Rangoon Lunatic Asylum 1898-1906 - 1898-1906
Year: 1898
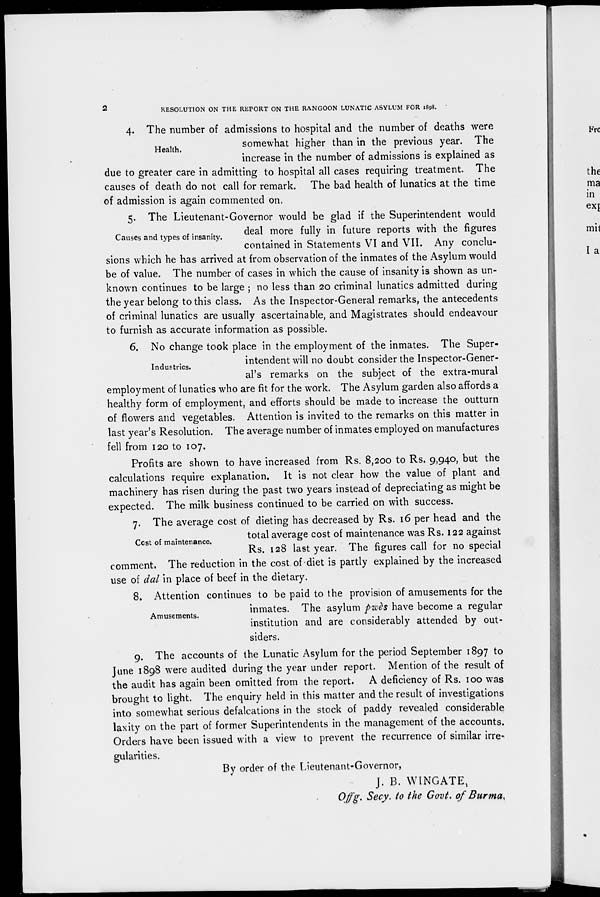
2
RESOLUTION ON THE REPORT ON THE RANGOON LUNATIC ASYLUM FOR 1898.
Health.
4. The number of admissions to hospital and the number of deaths were
somewhat higher than in the previous year. The
increase in the number of admissions is explained as
due to greater care in admitting to hospital all cases requiring treatment. The
causes of death do not call for remark. The bad health of lunatics at the time
of admission is again commented on.
Causes and types of insanity.
5. The Lieutenant-Governor would be glad if the Superintendent would
deal more fully in future reports with the figures
contained in Statements VI and VII. Any conclu-
sions which he has arrived at from observation of the inmates of the Asylum would
be of value. The number of cases in which the cause of insanity is shown as un-
known continues to be large ; no less than 20 criminal lunatics admitted during
the year belong to this class. As the Inspector-General remarks, the antecedents
of criminal lunatics are usually ascertainable, and Magistrates should endeavour
to furnish as accurate information as possible.
Industries.
6. No change took place in the employment of the inmates. The Super-
intendent will no doubt consider the Inspector-Gener-
al's remarks on the subject of the extra-mural
employment of lunatics who are fit for the work. The Asylum garden also affords a
healthy form of employment, and efforts should be made to increase the outturn
of flowers and vegetables. Attention is invited to the remarks on this matter in
last year's Resolution. The average number of inmates employed on manufactures
fell from 120 to 107.
Profits are shown to have increased from Rs. 8,200 to Rs. 9,940, but the
calculations require explanation. It is not clear how the value of plant and
machinery has risen during the past two years instead of depreciating as might be
expected. The milk business continued to be carried on with success.
Cost of maintenance.
7. The average cost of dieting has decreased by Rs. 16 per head and the
total average cost of maintenance was Rs. 122 against
Rs. 128 last year. The figures call for no special
comment. The reduction in the cost of diet is partly explained by the increased
use of dal in place of beef in the dietary.
Amusements.
8. Attention continues to be paid to the provision of amusements for the
inmates. The asylum pwès have become a regular
institution and are considerably attended by out-
siders.
9. The accounts of the Lunatic Asylum for the period September 1897 to
June 1898 were audited during the year under report. Mention of the result of
the audit has again been omitted from the report. A deficiency of Rs. 100 was
brought to light. The enquiry held in this matter and the result of investigations
into somewhat serious defalcations in the stock of paddy revealed considerable
laxity on the part of former Superintendents in the management of the accounts.
Orders have been issued with a view to prevent the recurrence of similar irre-
gularities.
By order of the Lieutenant-Governor,
J. B. WINGATE,
Offg. Secy. to the Govt. of Burma.